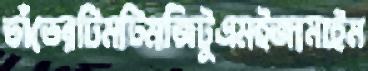
তাঁতেরটিমটিমজিটুএমইজামাইম